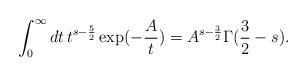
LaTeX: \begin{align*}\int_{0}^{\infty }dt\,t^{s-\frac{5}{2}}\exp (-\frac{A}{t})=A^{s-\frac{3}{2}}\Gamma (\frac{3}{2}-s).\end{align*}